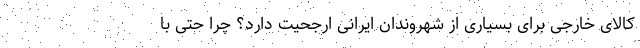
کالای خارجی برای بسیاری از شهروندان ایرانی ارجحیت دارد؟ چرا حتی با